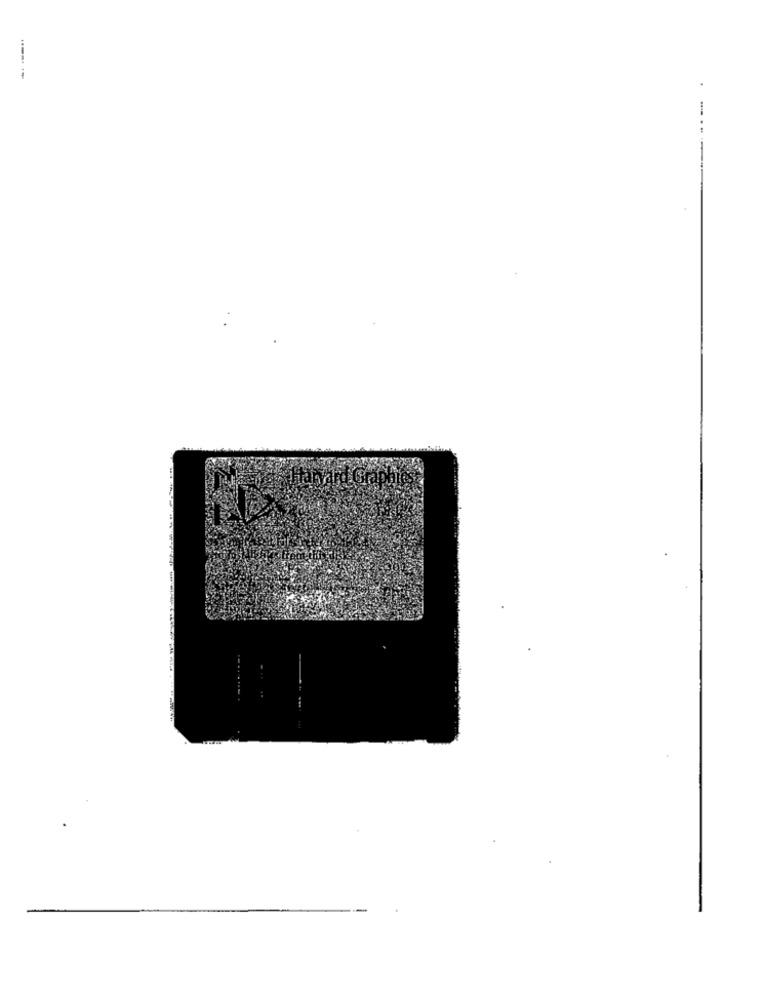
-